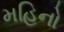
મહિનો